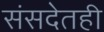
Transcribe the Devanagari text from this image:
संसदेतही